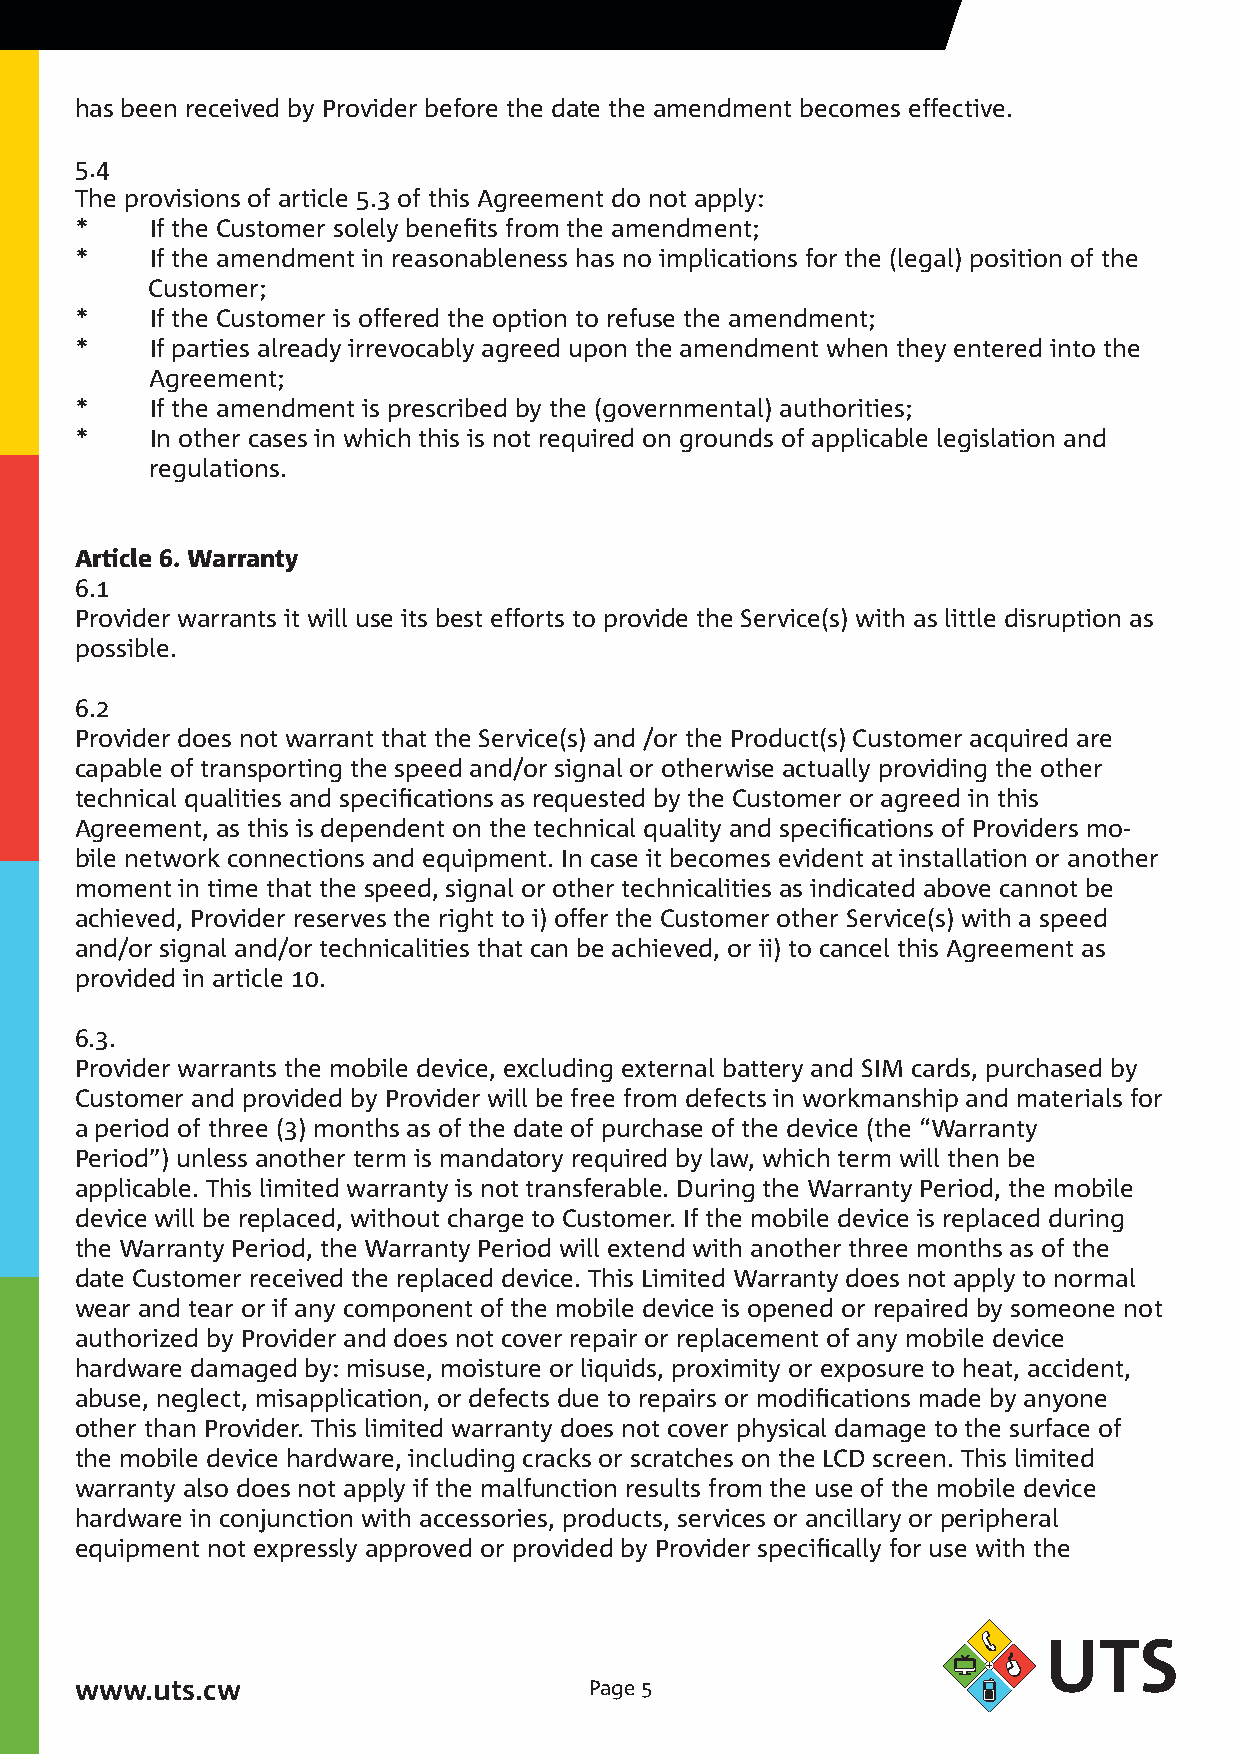
has been received by Provider before the date the amendment becomes effective.
 5.4
 The provisions of article 5.3 of this Agreement do not apply:
 *    If the Customer solely benefits from the amendment;
 *    If the amendment in reasonableness has no implications for the (legal) position of the
 Customer;
 *    If the Customer is offered the option to refuse the amendment;
 *    If parties already irrevocably agreed upon the amendment when they entered into the
 Agreement;
 *    If the amendment is prescribed by the (governmental) authorities;
 *    In other cases in which this is not required on grounds of applicable legislation and
 regulations.
 Article 6. Warranty
 6.
 Provider warrants it will use its best efforts to provide the Service(s) with as little disruption as
 possible.
 6.
 Provider does not warrant that the Service(s) and /or the Product(s) Customer acquired are
 capable of transporting the speed and/or signal or otherwise actually providing the other
 technical qualities and specifications as requested by the Customer or agreed in this
 Agreement, as this is dependent on the technical quality and specifications of Providers mo-
 bile network connections and equipment. In case it becomes evident at installation or another
 moment in time that the speed, signal or other technicalities as indicated above cannot be
 achieved, Provider reserves the right to i) offer the Customer other Service(s) with a speed
 and/or signal and/or technicalities that can be achieved, or ii) to cancel this Agreement as
 provided in article 0.
 6.3.
 Provider warrants the mobile device, excluding external battery and SIM cards, purchased by
 Customer and provided by Provider will be free from defects in workmanship and materials for
 a period of three (3) months as of the date of purchase of the device (the “Warranty
 Period”) unless another term is mandatory required by law, which term will then be
 applicable. This limited warranty is not transferable. During the Warranty Period, the mobile
 device will be replaced, without charge to Customer. If the mobile device is replaced during
 the Warranty Period, the Warranty Period will extend with another three months as of the
 date Customer received the replaced device. This Limited Warranty does not apply to normal
 wear and tear or if any component of the mobile device is opened or repaired by someone not
 authorized by Provider and does not cover repair or replacement of any mobile device
 hardware damaged by: misuse, moisture or liquids, proximity or exposure to heat, accident,
 abuse, neglect, misapplication, or defects due to repairs or modifications made by anyone
 other than Provider. This limited warranty does not cover physical damage to the surface of
 the mobile device hardware, including cracks or scratches on the LCD screen. This limited
 warranty also does not apply if the malfunction results from the use of the mobile device
 hardware in conjunction with accessories, products, services or ancillary or peripheral
 equipment not expressly approved or provided by Provider specifically for use with the
 www.uts.cw                        Page 5